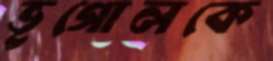
ভূগোলকে